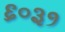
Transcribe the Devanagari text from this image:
६०३१